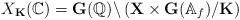
LaTeX: \begin{align*}X_{\mathbf{K}}(\mathbb{C})=\mathbf{G}(\mathbb{Q})\backslash\left(\mathbf{X}\times\mathbf{G}(\mathbb{A}_f)/\mathbf{K}\right)\end{align*}